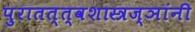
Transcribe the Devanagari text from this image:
पुरातत्त्वशास्त्रज्ञांनी